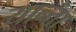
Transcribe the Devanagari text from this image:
यान्ता